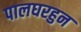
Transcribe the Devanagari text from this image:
पालघरहुन